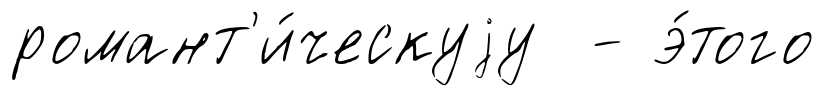
романт'и́ческуjу - э́того